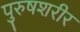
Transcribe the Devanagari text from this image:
पुरुषशरीर